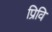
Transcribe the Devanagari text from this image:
प्रिवि